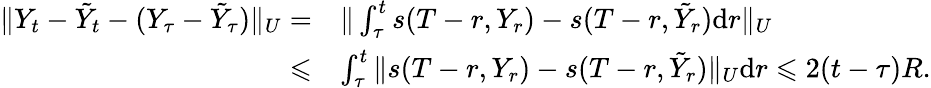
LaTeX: \begin{array}{rl}{\| Y_{t}-\tilde{Y}_{t}-(Y_{\tau}-\tilde{Y}_{\tau})\| _{U}=}&{\| \int_{\tau}^{t}s(T-r,Y_{r})-s(T-r,\tilde{Y}_{r})\mathrm{d}r\| _{U}}\\ {\leqslant}&{\int_{\tau}^{t}\| s(T-r,Y_{r})-s(T-r,\tilde{Y}_{r})\| _{U}\mathrm{d}r\leqslant 2(t-\tau)R.}\end{array}